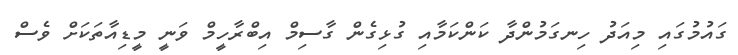
ގައުމުގައި މިއަދު ހިނގަމުންދާ ކަންކަމާއި ގުޅިގެން ގާސިމް އިބްރާހީމް ވަނީ މީޑިއާތަކަށް ވެސް